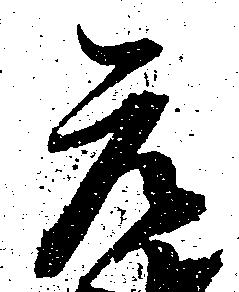
元